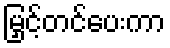
မြှင့်တင်ပေးကာ